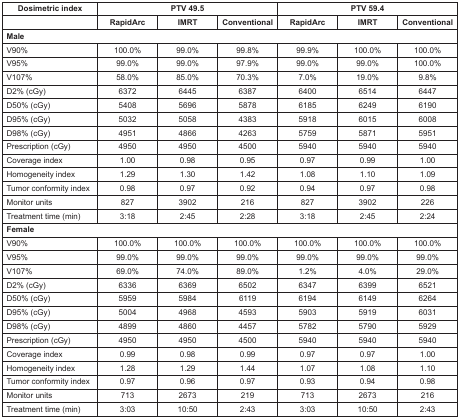
<table><thead><tr><td><b>Dosimetric index</b></td><td colspan="3"><b>PTV 49.5</b></td><td colspan="3"><b>PTV 59.4</b></td></tr></thead><tbody><tr><td></td><td><b>RapidArc</b></td><td><b>IMRT</b></td><td><b>Conventional</b></td><td><b>RapidArc</b></td><td><b>IMRT</b></td><td><b>Conventional</b></td></tr><tr><td colspan="7"><b>Male</b></td></tr><tr><td>V90%</td><td>100.0%</td><td>99.0%</td><td>99.8%</td><td>99.9%</td><td>100.0%</td><td>100.0%</td></tr><tr><td>V95%</td><td>99.0%</td><td>99.0%</td><td>97.9%</td><td>99.0%</td><td>99.0%</td><td>100.0%</td></tr><tr><td>V107%</td><td>58.0%</td><td>85.0%</td><td>70.3%</td><td>7.0%</td><td>19.0%</td><td>9.8%</td></tr><tr><td>D2% (cGy)</td><td>6372</td><td>6445</td><td>6387</td><td>6400</td><td>6514</td><td>6447</td></tr><tr><td>D50% (cGy)</td><td>5408</td><td>5696</td><td>5878</td><td>6185</td><td>6249</td><td>6190</td></tr><tr><td>D95% (cGy)</td><td>5032</td><td>5058</td><td>4383</td><td>5918</td><td>6015</td><td>6008</td></tr><tr><td>D98% (cGy)</td><td>4951</td><td>4866</td><td>4263</td><td>5759</td><td>5871</td><td>5951</td></tr><tr><td>Prescription (cGy)</td><td>4950</td><td>4950</td><td>4500</td><td>5940</td><td>5940</td><td>5940</td></tr><tr><td>Coverage index</td><td>1.00</td><td>0.98</td><td>0.95</td><td>0.97</td><td>0.99</td><td>1.00</td></tr><tr><td>Homogeneity index</td><td>1.29</td><td>1.30</td><td>1.42</td><td>1.08</td><td>1.10</td><td>1.09</td></tr><tr><td>Tumor conformity index</td><td>0.98</td><td>0.97</td><td>0.92</td><td>0.94</td><td>0.97</td><td>0.98</td></tr><tr><td>Monitor units</td><td>827</td><td>3902</td><td>216</td><td>827</td><td>3902</td><td>226</td></tr><tr><td>Treatment time (min)</td><td>3:18</td><td>2:45</td><td>2:28</td><td>3:18</td><td>2:45</td><td>2:24</td></tr><tr><td colspan="7"><b>Female</b></td></tr><tr><td>V90%</td><td>100.0%</td><td>100.0%</td><td>100.0%</td><td>100.0%</td><td>100.0%</td><td>100.0%</td></tr><tr><td>V95%</td><td>99.0%</td><td>99.0%</td><td>99.0%</td><td>99.0%</td><td>99.0%</td><td>99.0%</td></tr><tr><td>V107%</td><td>69.0%</td><td>74.0%</td><td>89.0%</td><td>1.2%</td><td>4.0%</td><td>29.0%</td></tr><tr><td>D2% (cGy)</td><td>6336</td><td>6369</td><td>6502</td><td>6347</td><td>6399</td><td>6521</td></tr><tr><td>D50% (cGy)</td><td>5959</td><td>5984</td><td>6119</td><td>6194</td><td>6149</td><td>6264</td></tr><tr><td>D95% (cGy)</td><td>5004</td><td>4968</td><td>4593</td><td>5903</td><td>5919</td><td>6031</td></tr><tr><td>D98% (cGy)</td><td>4899</td><td>4860</td><td>4457</td><td>5782</td><td>5790</td><td>5929</td></tr><tr><td>Prescription (cGy)</td><td>4950</td><td>4950</td><td>4500</td><td>5940</td><td>5940</td><td>5940</td></tr><tr><td>Coverage index</td><td>0.99</td><td>0.98</td><td>0.99</td><td>0.97</td><td>0.97</td><td>1.00</td></tr><tr><td>Homogeneity index</td><td>1.28</td><td>1.29</td><td>1.44</td><td>1.07</td><td>1.08</td><td>1.10</td></tr><tr><td>Tumor conformity index</td><td>0.97</td><td>0.96</td><td>0.97</td><td>0.93</td><td>0.94</td><td>0.98</td></tr><tr><td>Monitor units</td><td>713</td><td>2673</td><td>219</td><td>713</td><td>2673</td><td>216</td></tr><tr><td>Treatment time (min)</td><td>3:03</td><td>10:50</td><td>2:43</td><td>3:03</td><td>10:50</td><td>2:43</td></tr></tbody></table>